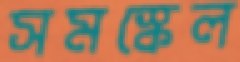
সমস্কেল